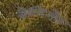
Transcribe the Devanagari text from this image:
बौल्लिऔन